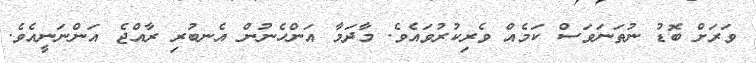
ވަރަށް ބޮޑު ނުތަނަވަސް ކަމެއް ވެރިކުރުވައެވެ. މާދަމާ އަންހެނުން އެނބުރި ރާއްޖެ އަންނަނީއެވެ.